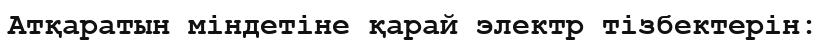
Атқаратын міндетіне қарай электр тізбектерін: